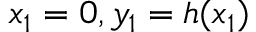
x _ { 1 } = 0 , y _ { 1 } = h ( x _ { 1 } )